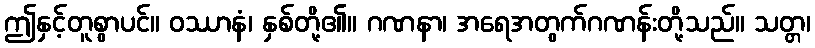
ဤနှင့်တူစွာပင်။ ဝဿာနံ၊ နှစ်တို့၏။ ဂဏနာ၊ အရေအတွက်ဂဏန်းတို့သည်။ သတ္တ၊